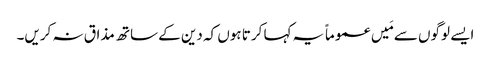
ایسے لوگوں سے مَیں عموماً یہ کہا کرتا ہوں کہ دین کے ساتھ مذاق نہ کریں۔